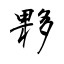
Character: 夥